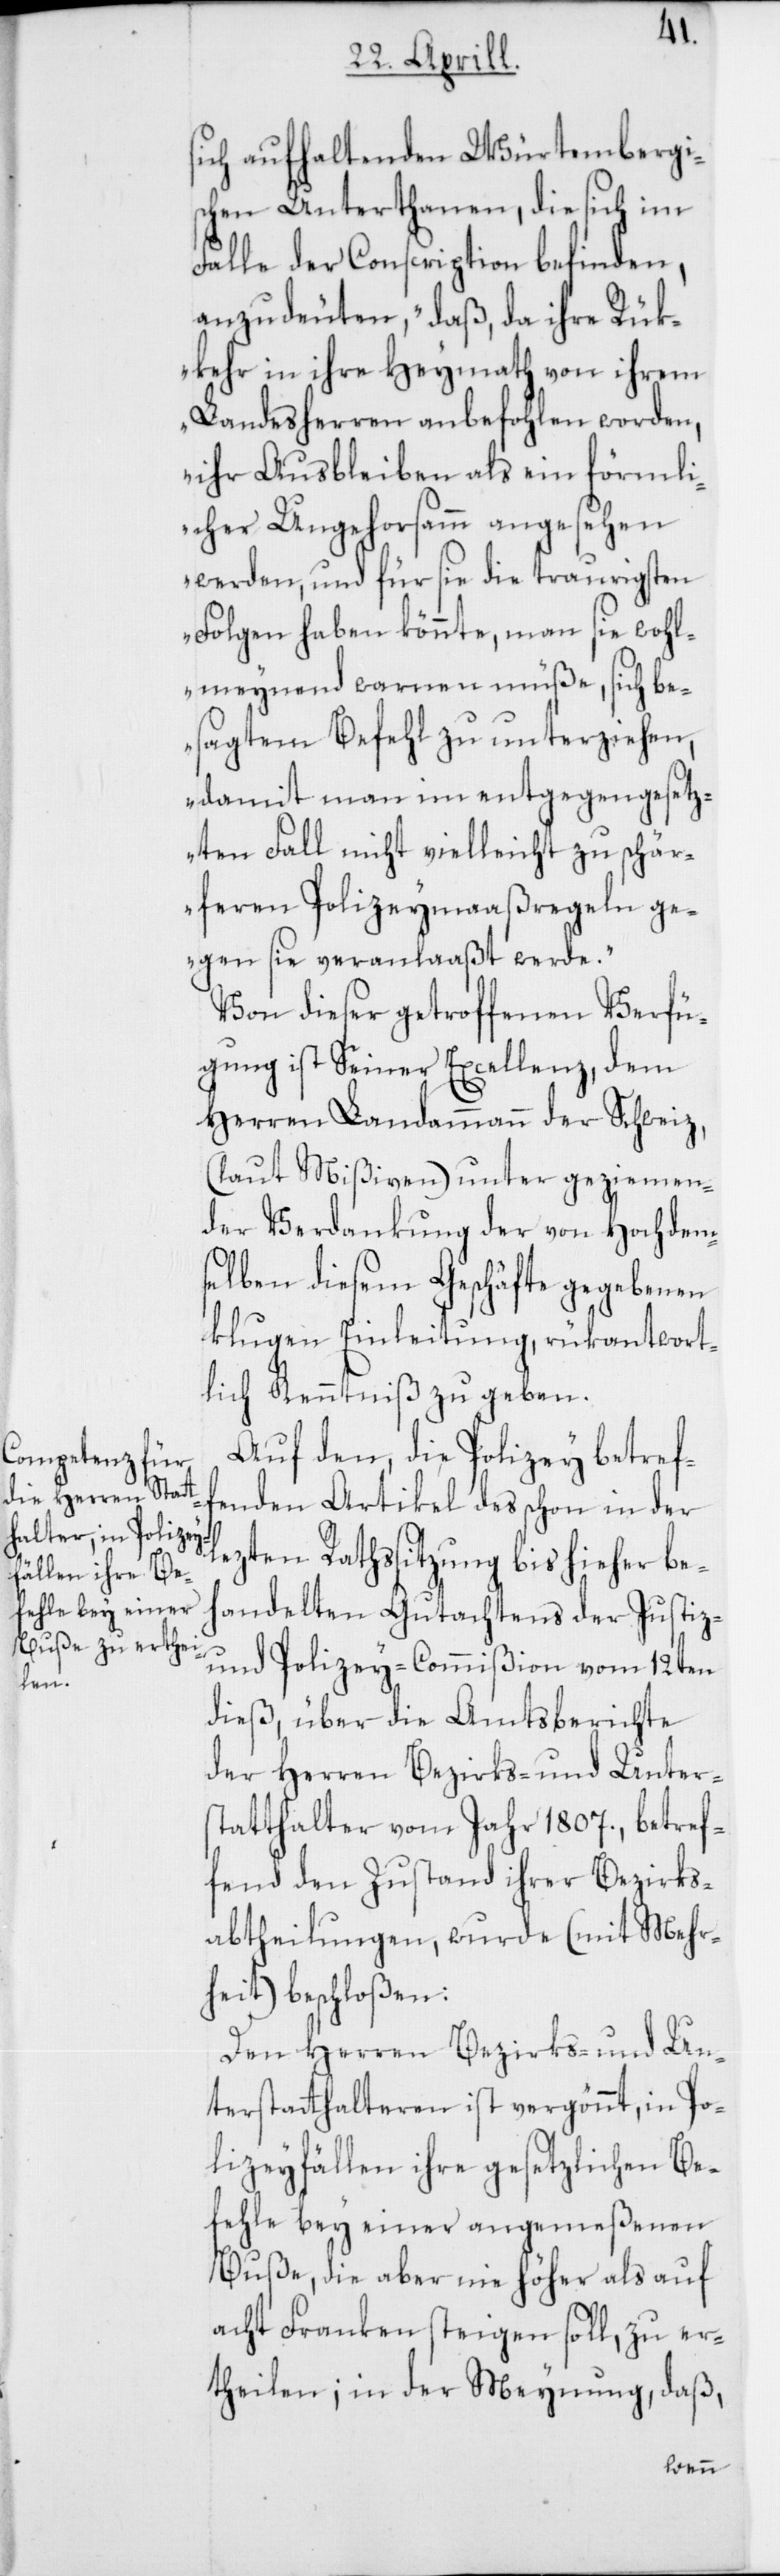
s¬
ich aufhaltenden Würtembergis¬
chen Unterthanen, die sich im
Falle der Conscription befinden,
anzudeuten, „daß, da ihre Rük¬
kehr in ihre Heymath von ihrem
Landesherren anbefohlen worden,
ihr Ausbleiben als ein förmli¬
cher Ungehorsamm angesehen
werden, und für sie die traurigsten
Folgen haben könnte, man sie wohl¬
meynend warnen müße, sich be¬
sagtem Befehl zu unterziehen,
damit man im entgegengesetz¬
ten Fall nicht vielleicht zu schär¬
feren Polizeymaaßregeln ge¬
gen sie veranlaßt werde.“
Von dieser getroffenen Verfü¬
gung ist Seiner Excellenz, dem
Herren Landammann der Schweiz,
(laut Mißiven) unter geziemen¬
der Verdankung der von Hochdem¬
selben diesem Geschäfte gegebenen
klugen Einleitung, rükantwort¬
lich Kenntniß zu geben.
Auf den, die Polizey betref¬
fenden Artikel des schon in der
lezten Rathssitzung bis hieher be¬
handelten Gutachtens der Justiz-
und Polizey-Commißion vom 12ten
dieß, über die Amtsberichte
der Herren Bezirks- und Unter¬
statthalter vom Jahr 1807., betref¬
fend den Zustand ihrer Bezirks¬
abtheilungen, wurde (mit Mehr¬
heit) beschloßen:
Den Herren Bezirks- und Un¬
terstatthalteren ist vergönnt, in Po¬
lizeyfällen ihre gesetzlichen Be¬
fehle bey einer angemeßenen
Buße, die aber nie höher als auf
acht Franken steigen soll, zu er¬
theilen; in der Meynung, daß,